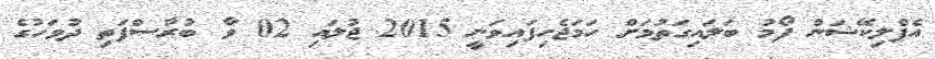
އެޕްލިކޭޝަން ފޯމު ބަލައިގަތުމަށް ހަމަޖެހިފައިވަނީ 2015 ޖުލައި 02 ވާ ބުރާސްފަތި ދުވަހުގެ